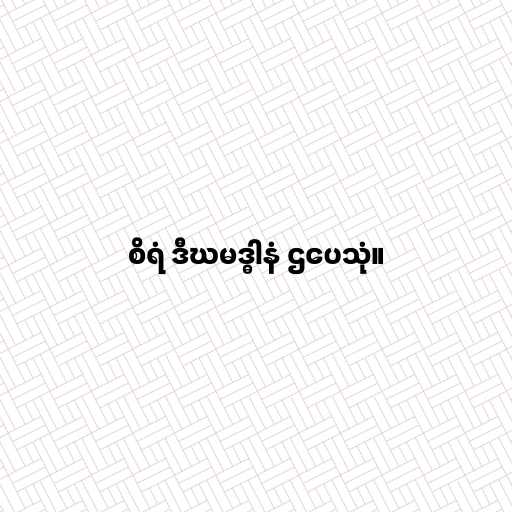
စိရံ ဒီဃမဒ္ဓါနံ ဌပေသုံ။